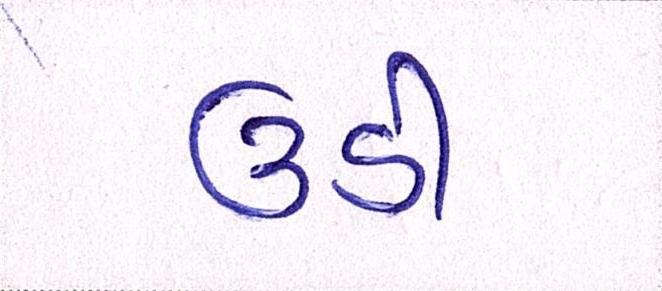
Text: ઉડી